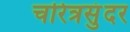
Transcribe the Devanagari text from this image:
चरित्रसुंदर